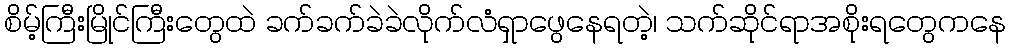
စိမ့်ကြီးမြိုင်ကြီးတွေထဲ ခက်ခက်ခဲခဲလိုက်လံရှာဖွေနေရတဲ့၊ သက်ဆိုင်ရာအစိုးရတွေကနေ